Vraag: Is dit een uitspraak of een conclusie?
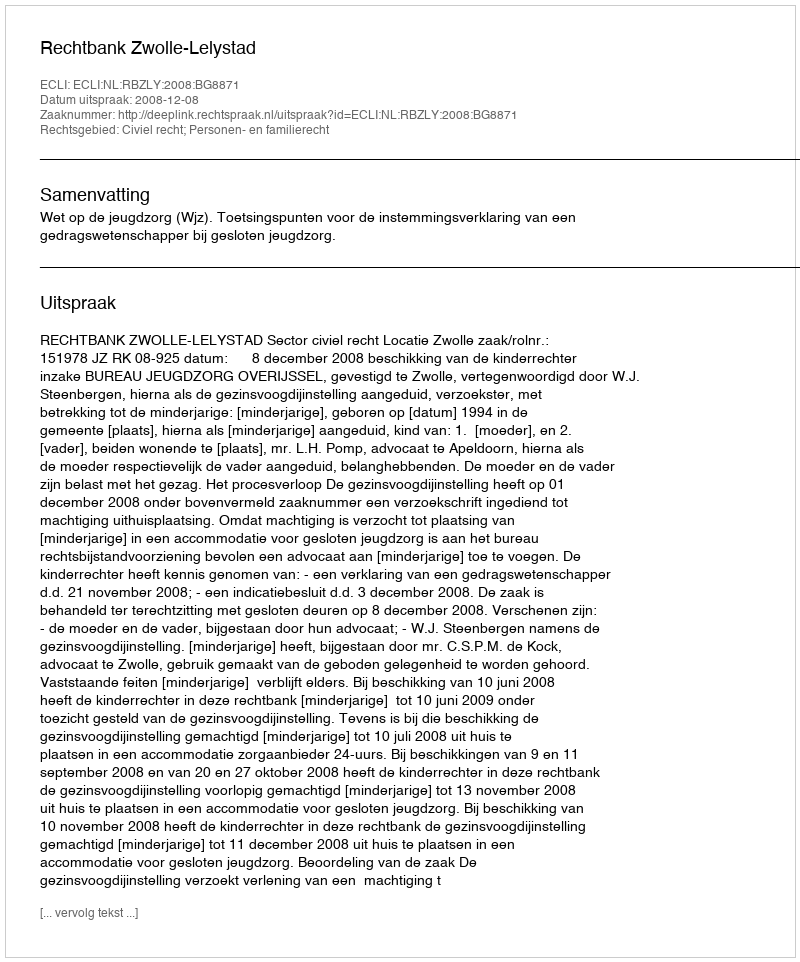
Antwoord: Uitspraak